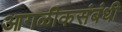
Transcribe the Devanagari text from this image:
आगळीकसंबंधी